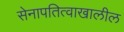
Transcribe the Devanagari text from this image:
सेनापतित्वाखालील